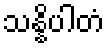
သန္နိပါတံ